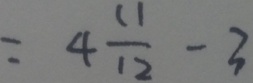
= 4 \frac { 1 1 } { 1 2 } - 3